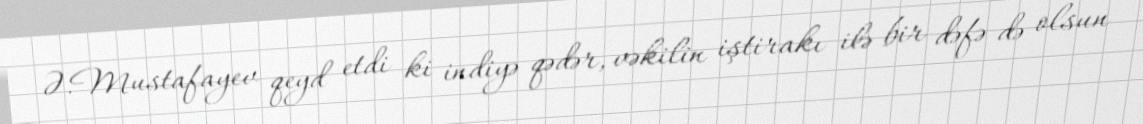
Ə.Mustafayev qeyd etdi ki indiyə qədər, vəkilin iştirakı ilə bir dəfə də olsun